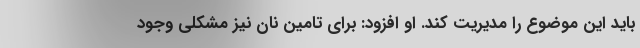
باید این موضوع را مدیریت کند. او افزود: برای تامین نان نیز مشکلی وجود